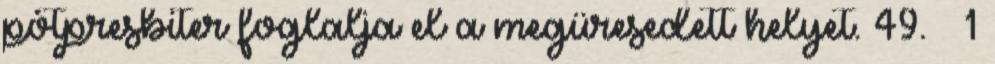
pótpresbiter foglalja el a megüresedett helyet. 49. § 1